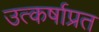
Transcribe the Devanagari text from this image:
उत्कर्षाप्रत